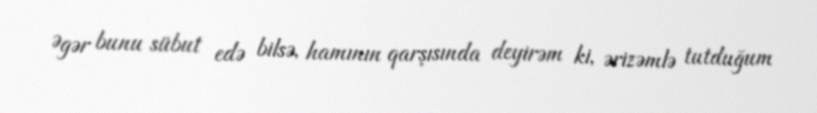
Əgər bunu sübut edə bilsə, hamının qarşısında deyirəm ki, ərizəmlə tutduğum